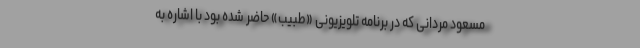
مسعود مردانی که در برنامه تلویزیونی «طبیب» حاضر شده بود با اشاره به